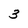
Character: 3